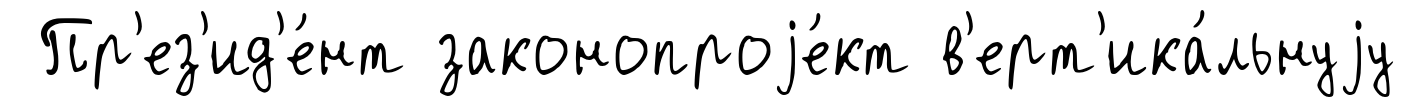
Пр'ез'ид'е́нт законопроjе́кт в'ерт'ика́льнуjу